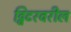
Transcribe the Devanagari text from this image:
ट्विटरवरील